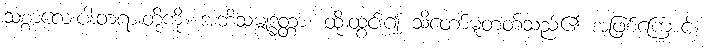
သစ္စာလေးပါးတရားတို့ကို။ အဘိသမ္ဗုဒ္ဓတ္တာ၊ ထိုးထွင်း၍ သိတော်မူတတ်သည်၏ အဖြစ်ကြောင့်။